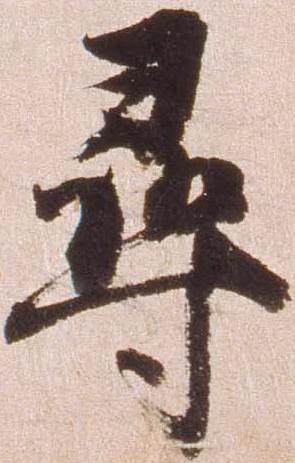
尋